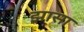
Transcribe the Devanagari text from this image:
झासा